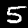
Digit: 5